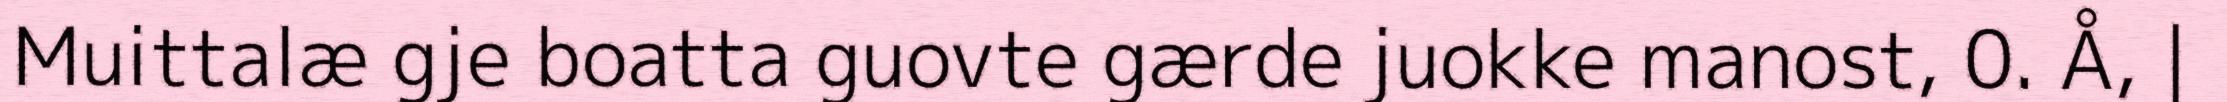
Muittalæ gje boatta guovte gærde juokke manost, 0. Å, |